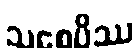
သစေပိဿ